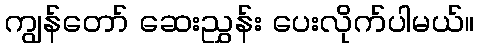
ကျွန်တော် ဆေးညွှန်း ပေးလိုက်ပါမယ်။